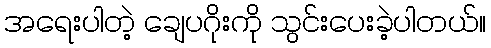
အရေးပါတဲ့ ချေပဂိုးကို သွင်းပေးခဲ့ပါတယ်။